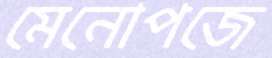
মেনোপজে